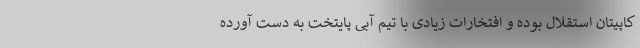
کاپیتان استقلال بوده و افتخارات زیادی با تیم آبی پایتخت به دست آورده